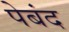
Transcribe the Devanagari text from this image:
पेबंद